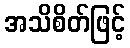
အသိစိတ်ဖြင့်